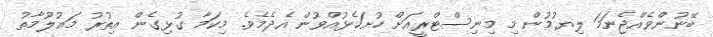
ބޭނުންވެއްޖެނަމަ ލިޔުމުން މި މިނިސްޓްރީއަށް ހުށަހެޅުއްވުން އެދެމެވެ. މިކަމާ ގުޅިގެން އިތުރު މަޢުލޫމާތު